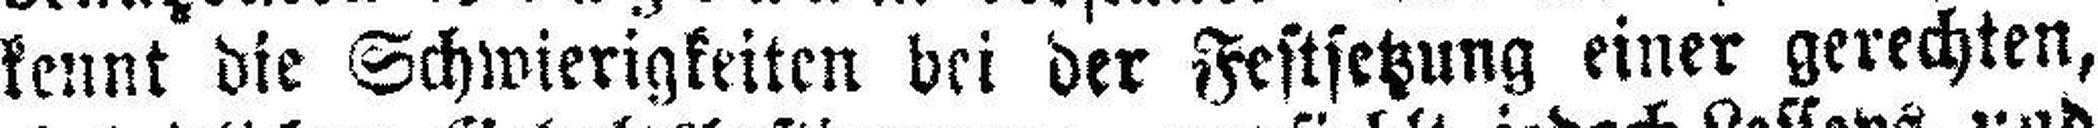
kennt die Schwierigkeiten bei der Festsetzung einer gerechten,